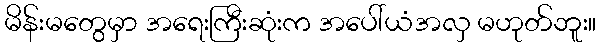
မိန်းမတွေမှာ အရေးကြီးဆုံးက အပေါ်ယံအလှ မဟုတ်ဘူး။